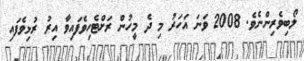
ލޯބިވެރިންނެވެ. 2008 ވަނަ އަހަރު މި ދެ މީހުން ރަށްޓެހިވެފައިވާ އިރު ރުޅިވެފައި